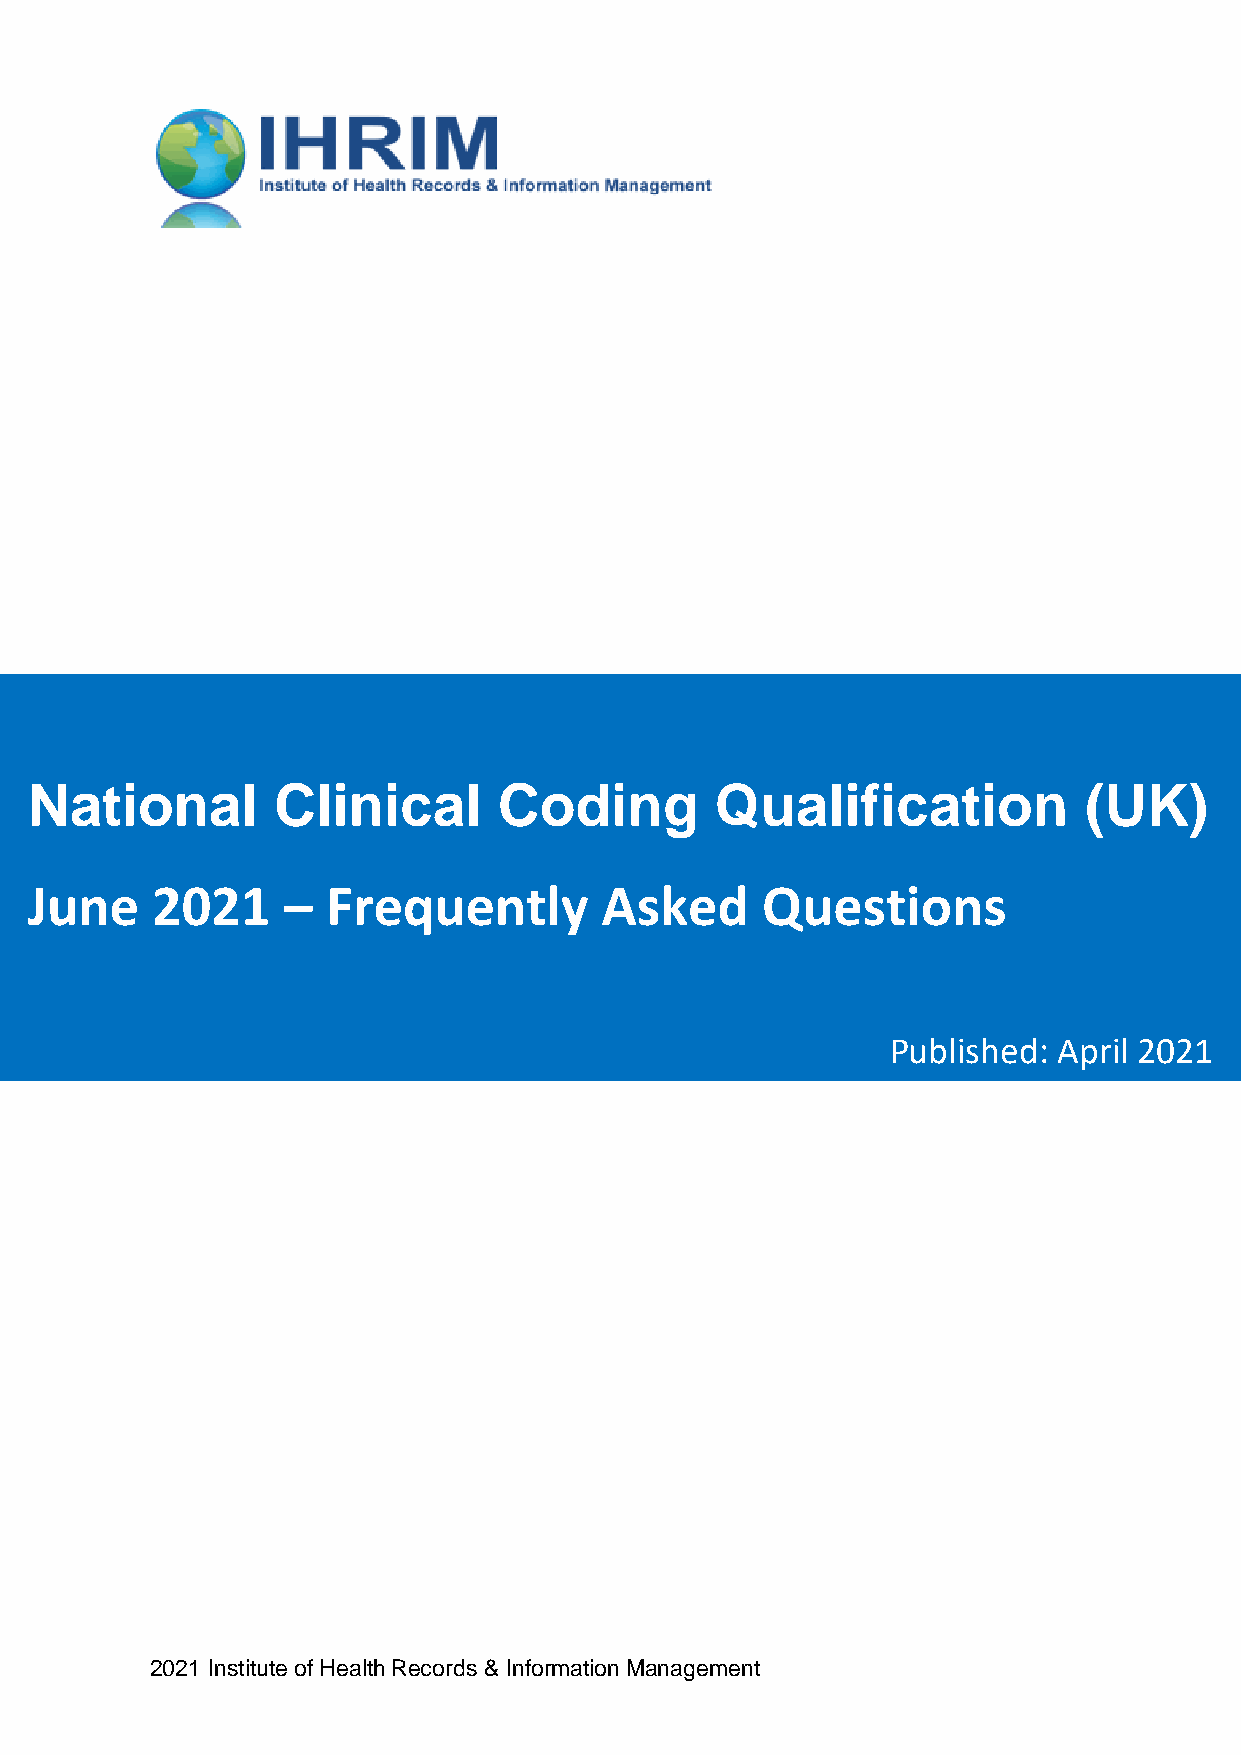
National        Clinical       Coding        Qualification            (UK)
 June    2021     –  Frequently        Asked     Questions
 Published: April 2021
 2021 Institute of Health Records & Information Management